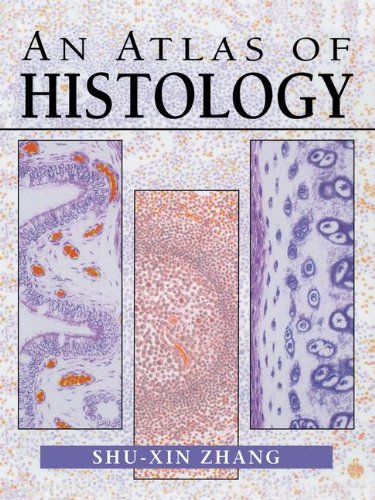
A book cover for An Atlas of Histology; Shu-Xin Zhang; Medical Books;